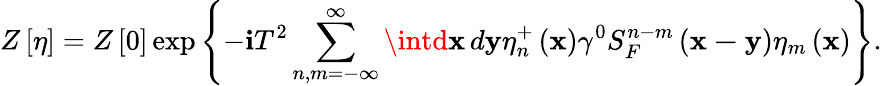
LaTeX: Z\left[\eta\right]=Z\left[0\right]\exp\left\{ -\mathbf{i}T^{2}\sum_{n,m=-\infty}^{\infty}\intd\mathbf{{x\, }}d\mathbf{{y}}\eta_{n}^{+}\left(\mathbf{{x}}\right)\gamma^{0}S_{F}^{n-m}\left(\mathbf{{x-y}}\right)\eta_{m}\left(\mathbf{{x}}\right)\right\} .